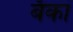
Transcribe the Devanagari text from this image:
बँकां